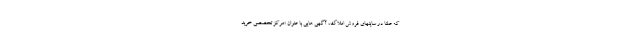
که علنا در سایتهای فروش املاک، آگهی هایی با عنوان «مرکز تخصصی خرید